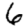
Digit: 6